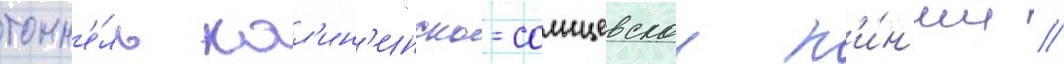
тонн'е́ль кал'ин'инско-солнцевскои л'и́н'ии //